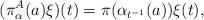
LaTeX: \begin{align*}(\pi_\alpha^A(a)\xi)(t)=\pi(\alpha_{t^{-1}}(a))\xi(t),\end{align*}